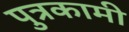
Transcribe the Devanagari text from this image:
पुत्रकामी